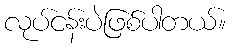
လုပ်ငန်းပဲဖြစ်ပါတယ်။